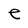
Character: e